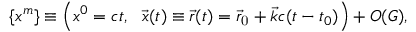
\begin{array} { r } { \{ x ^ { m } \} \equiv \Big ( x ^ { 0 } = c t , ~ ~ { \vec { x } } ( t ) \equiv { \vec { r } } ( t ) = { \vec { r } } _ { \mathrm { 0 } } + { \vec { k } } c ( t - t _ { 0 } ) \Big ) + { \cal O } ( G ) , } \end{array}